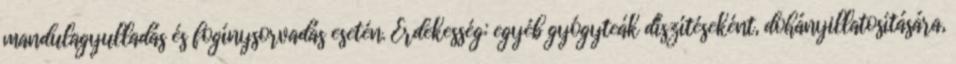
mandulagyulladás és fogínysorvadás esetén. Érdekesség: egyéb gyógyteák díszítéseként, dohányillatosítására,